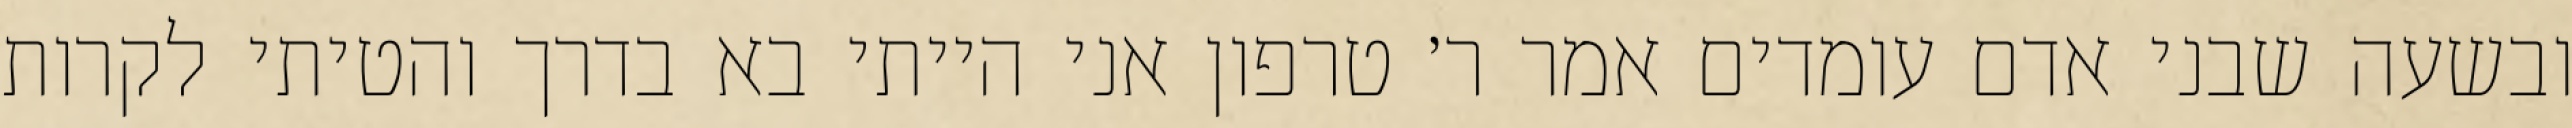
ובשעה שבני אדם עומדים אמר ר׳ טרפון אני הייתי בא בדרך והטיתי לקרות